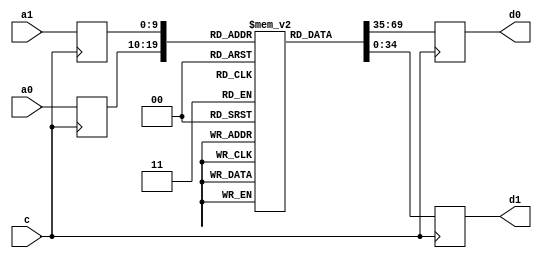
module cosrom (
	input c, // clock
	input [9:0] a0, a1, // angle
	output reg [34:0] d0, d1);
  
	// Declare the RAM variable
	reg [34:0] bram[0:1023];
	reg [9:0] a0_reg, a1_reg;
	always @ (posedge c)
	begin	
	        a0_reg <= a0;
	        a1_reg <= a1;
			d0 <= bram[a0_reg];
			d1 <= bram[a1_reg];
	end

initial begin
	bram[0 ] <= 35'd34359730181;
	bram[1 ] <= 35'd34359689231;
	bram[2 ] <= 35'd34359566360;
	bram[3 ] <= 35'd34359369763;
	bram[4 ] <= 35'd34359083052;
	bram[5 ] <= 35'd34358722615;
	bram[6 ] <= 35'd34358272064;
	bram[7 ] <= 35'd34357747786;
	bram[8 ] <= 35'd34357141588;
	bram[9 ] <= 35'd34356453469;
	bram[10] <= 35'd34355691624;
	bram[11] <= 35'd34354839666;
	bram[12] <= 35'd34353905787;
	bram[13] <= 35'd34352898181;
	bram[14] <= 35'd34351808655;
	bram[15] <= 35'd34350637209;
	bram[16] <= 35'd34349383843;
	bram[17] <= 35'd34348048557;
	bram[18] <= 35'd34346631350;
	bram[19] <= 35'd34345140417;
	bram[20] <= 35'd34343559370;
	bram[21] <= 35'd34341904596;
	bram[22] <= 35'd34340167902;
	bram[23] <= 35'd34338349288;
	bram[24] <= 35'd34336448754;
	bram[25] <= 35'd34334466299;
	bram[26] <= 35'd34332410118;
	bram[27] <= 35'd34330263823;
	bram[28] <= 35'd34328043801;
	bram[29] <= 35'd34325741860;
	bram[30] <= 35'd34323349804;
	bram[31] <= 35'd34320892215;
	bram[32] <= 35'd34318344513;
	bram[33] <= 35'd34315714890;
	bram[34] <= 35'd34313011541;
	bram[35] <= 35'd34310218078;
	bram[36] <= 35'd34307350888;
	bram[37] <= 35'd34304401778;
	bram[38] <= 35'd34301370748;
	bram[39] <= 35'd34298257797;
	bram[40] <= 35'd34295071120;
	bram[41] <= 35'd34291794329;
	bram[42] <= 35'd34288443811;
	bram[43] <= 35'd34285011373;
	bram[44] <= 35'd34281497015;
	bram[45] <= 35'd34277900737;
	bram[46] <= 35'd34274222538;
	bram[47] <= 35'd34270470613;
	bram[48] <= 35'd34266628574;
	bram[49] <= 35'd34262712808;
	bram[50] <= 35'd34258715122;
	bram[51] <= 35'd34254635516;
	bram[52] <= 35'd34250473989;
	bram[53] <= 35'd34246238736;
	bram[54] <= 35'd34241913369;
	bram[55] <= 35'd34237514275;
	bram[56] <= 35'd34233033261;
	bram[57] <= 35'd34228470327;
	bram[58] <= 35'd34223825472;
	bram[59] <= 35'd34219106891;
	bram[60] <= 35'd34214298196;
	bram[61] <= 35'd34209415774;
	bram[62] <= 35'd34204451432;
	bram[63] <= 35'd34199405170;
	bram[64] <= 35'd34194276987;
	bram[65] <= 35'd34189075078;
	bram[66] <= 35'd34183783055;
	bram[67] <= 35'd34178417305;
	bram[68] <= 35'd34172969635;
	bram[69] <= 35'd34167440044;
	bram[70] <= 35'd34161836727;
	bram[71] <= 35'd34156143296;
	bram[72] <= 35'd34150376138;
	bram[73] <= 35'd34144527060;
	bram[74] <= 35'd34138596062;
	bram[75] <= 35'd34132583143;
	bram[76] <= 35'd34126496497;
	bram[77] <= 35'd34120327932;
	bram[78] <= 35'd34114069252;
	bram[79] <= 35'd34107745039;
	bram[80] <= 35'd34101330713;
	bram[81] <= 35'd34094834466;
	bram[82] <= 35'd34088264492;
	bram[83] <= 35'd34081612598;
	bram[84] <= 35'd34074878783;
	bram[85] <= 35'd34068071242;
	bram[86] <= 35'd34061173587;
	bram[87] <= 35'd34054202205;
	bram[88] <= 35'd34047148903;
	bram[89] <= 35'd34040013680;
	bram[90] <= 35'd34032804731;
	bram[91] <= 35'd34025505668;
	bram[92] <= 35'd34018132878;
	bram[93] <= 35'd34010678167;
	bram[94] <= 35'd34003149730;
	bram[95] <= 35'd33995531179;
	bram[96] <= 35'd33987838901;
	bram[97] <= 35'd33980064703;
	bram[98] <= 35'd33972208584;
	bram[99] <= 35'd33964278738;
	bram[100] <= 35'd33956266972;
	bram[101] <= 35'd33948173286;
	bram[102] <= 35'd33939997679;
	bram[103] <= 35'd33931748346;
	bram[104] <= 35'd33923408899;
	bram[105] <= 35'd33914995724;
	bram[106] <= 35'd33906508823;
	bram[107] <= 35'd33897931808;
	bram[108] <= 35'd33889281066;
	bram[109] <= 35'd33880548404;
	bram[110] <= 35'd33871733821;
	bram[111] <= 35'd33862845511;
	bram[112] <= 35'd33853875281;
	bram[113] <= 35'd33844823130;
	bram[114] <= 35'd33835697253;
	bram[115] <= 35'd33826481262;
	bram[116] <= 35'd33817191543;
	bram[117] <= 35'd33807828098;
	bram[118] <= 35'd33798374539;
	bram[119] <= 35'd33788847253;
	bram[120] <= 35'd33779238046;
	bram[121] <= 35'd33769555112;
	bram[122] <= 35'd33759790258;
	bram[123] <= 35'd33749943484;
	bram[124] <= 35'd33740014789;
	bram[125] <= 35'd33730012367;
	bram[126] <= 35'd33719928025;
	bram[127] <= 35'd33709761762;
	bram[128] <= 35'd33699521772;
	bram[129] <= 35'd33689199862;
	bram[130] <= 35'd33678796032;
	bram[131] <= 35'd33668310281;
	bram[132] <= 35'd33657750802;
	bram[133] <= 35'd33647117597;
	bram[134] <= 35'd33636394278;
	bram[135] <= 35'd33625597232;
	bram[136] <= 35'd33614718265;
	bram[137] <= 35'd33603765571;
	bram[138] <= 35'd33592730957;
	bram[139] <= 35'd33581614422;
	bram[140] <= 35'd33570424160;
	bram[141] <= 35'd33559151978;
	bram[142] <= 35'd33547797875;
	bram[143] <= 35'd33536370045;
	bram[144] <= 35'd33524860294;
	bram[145] <= 35'd33513276816;
	bram[146] <= 35'd33501611418;
	bram[147] <= 35'd33489864099;
	bram[148] <= 35'd33478043053;
	bram[149] <= 35'd33466140087;
	bram[150] <= 35'd33454155200;
	bram[151] <= 35'd33442096586;
	bram[152] <= 35'd33429956051;
	bram[153] <= 35'd33417741789;
	bram[154] <= 35'd33405445607;
	bram[155] <= 35'd33393067504;
	bram[156] <= 35'd33380615674;
	bram[157] <= 35'd33368081923;
	bram[158] <= 35'd33355474445;
	bram[159] <= 35'd33342785047;
	bram[160] <= 35'd33330013728;
	bram[161] <= 35'd33317168682;
	bram[162] <= 35'd33304241715;
	bram[163] <= 35'd33291241021;
	bram[164] <= 35'd33278158406;
	bram[165] <= 35'd33265002064;
	bram[166] <= 35'd33251763802;
	bram[167] <= 35'd33238443619;
	bram[168] <= 35'd33225049708;
	bram[169] <= 35'd33211582070;
	bram[170] <= 35'd33198032512;
	bram[171] <= 35'd33184401033;
	bram[172] <= 35'd33170695827;
	bram[173] <= 35'd33156908700;
	bram[174] <= 35'd33143047846;
	bram[175] <= 35'd33129105071;
	bram[176] <= 35'd33115088569;
	bram[177] <= 35'd33100990146;
	bram[178] <= 35'd33086817996;
	bram[179] <= 35'd33072563925;
	bram[180] <= 35'd33058236127;
	bram[181] <= 35'd33043826408;
	bram[182] <= 35'd33029342962;
	bram[183] <= 35'd33014777595;
	bram[184] <= 35'd33000138501;
	bram[185] <= 35'd32985417486;
	bram[186] <= 35'd32970622744;
	bram[187] <= 35'd32955746081;
	bram[188] <= 35'd32940795691;
	bram[189] <= 35'd32925763380;
	bram[190] <= 35'd32910657341;
	bram[191] <= 35'd32895477575;
	bram[192] <= 35'd32880215889;
	bram[193] <= 35'd32864872282;
	bram[194] <= 35'd32849454947;
	bram[195] <= 35'd32833963885;
	bram[196] <= 35'd32818390902;
	bram[197] <= 35'd32802744191;
	bram[198] <= 35'd32787023753;
	bram[199] <= 35'd32771221395;
	bram[200] <= 35'd32755337115;
	bram[201] <= 35'd32739387302;
	bram[202] <= 35'd32723347374;
	bram[203] <= 35'd32707241912;
	bram[204] <= 35'd32691054530;
	bram[205] <= 35'd32674785226;
	bram[206] <= 35'd32658450389;
	bram[207] <= 35'd32642025437;
	bram[208] <= 35'd32625534951;
	bram[209] <= 35'd32608962544;
	bram[210] <= 35'd32592316410;
	bram[211] <= 35'd32575588355;
	bram[212] <= 35'd32558786572;
	bram[213] <= 35'd32541911062;
	bram[214] <= 35'd32524953631;
	bram[215] <= 35'd32507922472;
	bram[216] <= 35'd32490817586;
	bram[217] <= 35'd32473630779;
	bram[218] <= 35'd32456370244;
	bram[219] <= 35'd32439035982;
	bram[220] <= 35'd32421619799;
	bram[221] <= 35'd32404129888;
	bram[222] <= 35'd32386566250;
	bram[223] <= 35'd32368920691;
	bram[224] <= 35'd32351201404;
	bram[225] <= 35'd32333408390;
	bram[226] <= 35'd32315533454;
	bram[227] <= 35'd32297592984;
	bram[228] <= 35'd32279570594;
	bram[229] <= 35'd32261466282;
	bram[230] <= 35'd32243296436;
	bram[231] <= 35'd32225044669;
	bram[232] <= 35'd32206719175;
	bram[233] <= 35'd32188311759;
	bram[234] <= 35'd32169838809;
	bram[235] <= 35'd32151283938;
	bram[236] <= 35'd32132655339;
	bram[237] <= 35'd32113953013;
	bram[238] <= 35'd32095168766;
	bram[239] <= 35'd32076310791;
	bram[240] <= 35'd32057379088;
	bram[241] <= 35'd32038373657;
	bram[242] <= 35'd32019294499;
	bram[243] <= 35'd32000133419;
	bram[244] <= 35'd31980906805;
	bram[245] <= 35'd31961598270;
	bram[246] <= 35'd31942216008;
	bram[247] <= 35'd31922751824;
	bram[248] <= 35'd31903222106;
	bram[249] <= 35'd31883610467;
	bram[250] <= 35'd31863925100;
	bram[251] <= 35'd31844166005;
	bram[252] <= 35'd31824333182;
	bram[253] <= 35'd31804426631;
	bram[254] <= 35'd31784446353;
	bram[255] <= 35'd31764384153;
	bram[256] <= 35'd31744256419;
	bram[257] <= 35'd31724046764;
	bram[258] <= 35'd31703763381;
	bram[259] <= 35'd31683406270;
	bram[260] <= 35'd31662975431;
	bram[261] <= 35'd31642470864;
	bram[262] <= 35'd31621892570;
	bram[263] <= 35'd31601232354;
	bram[264] <= 35'd31580506603;
	bram[265] <= 35'd31559707125;
	bram[266] <= 35'd31538825726;
	bram[267] <= 35'd31517870598;
	bram[268] <= 35'd31496849936;
	bram[269] <= 35'd31475747353;
	bram[270] <= 35'd31454571041;
	bram[271] <= 35'd31433329195;
	bram[272] <= 35'd31412005428;
	bram[273] <= 35'd31390607933;
	bram[274] <= 35'd31369136710;
	bram[275] <= 35'd31347591759;
	bram[276] <= 35'd31325973080;
	bram[277] <= 35'd31304280672;
	bram[278] <= 35'd31282522730;
	bram[279] <= 35'd31260682867;
	bram[280] <= 35'd31238769276;
	bram[281] <= 35'd31216781957;
	bram[282] <= 35'd31194720909;
	bram[283] <= 35'd31172594327;
	bram[284] <= 35'd31150385824;
	bram[285] <= 35'd31128103592;
	bram[286] <= 35'd31105755826;
	bram[287] <= 35'd31083326138;
	bram[288] <= 35'd31060830915;
	bram[289] <= 35'd31038261965;
	bram[290] <= 35'd31015611093;
	bram[291] <= 35'd30992894686;
	bram[292] <= 35'd30970104551;
	bram[293] <= 35'd30947240688;
	bram[294] <= 35'd30924303096;
	bram[295] <= 35'd30901299970;
	bram[296] <= 35'd30878214922;
	bram[297] <= 35'd30855064340;
	bram[298] <= 35'd30831831836;
	bram[299] <= 35'd30808533797;
	bram[300] <= 35'd30785162030;
	bram[301] <= 35'd30761716535;
	bram[302] <= 35'd30738197311;
	bram[303] <= 35'd30714612553;
	bram[304] <= 35'd30690945873;
	bram[305] <= 35'd30667213658;
	bram[306] <= 35'd30643407715;
	bram[307] <= 35'd30619528043;
	bram[308] <= 35'd30595582837;
	bram[309] <= 35'd30571555709;
	bram[310] <= 35'd30547463046;
	bram[311] <= 35'd30523296654;
	bram[312] <= 35'd30499064728;
	bram[313] <= 35'd30474750880;
	bram[314] <= 35'd30450371497;
	bram[315] <= 35'd30425918386;
	bram[316] <= 35'd30401391546;
	bram[317] <= 35'd30376799171;
	bram[318] <= 35'd30352133068;
	bram[319] <= 35'd30327393237;
	bram[320] <= 35'd30302579677;
	bram[321] <= 35'd30277700582;
	bram[322] <= 35'd30252747759;
	bram[323] <= 35'd30227721207;
	bram[324] <= 35'd30202629120;
	bram[325] <= 35'd30177463305;
	bram[326] <= 35'd30152223762;
	bram[327] <= 35'd30126910490;
	bram[328] <= 35'd30101531682;
	bram[329] <= 35'd30076087340;
	bram[330] <= 35'd30050561076;
	bram[331] <= 35'd30024969276;
	bram[332] <= 35'd29999311941;
	bram[333] <= 35'd29973580878;
	bram[334] <= 35'd29947776087;
	bram[335] <= 35'd29921897567;
	bram[336] <= 35'd29895953511;
	bram[337] <= 35'd29869943920;
	bram[338] <= 35'd29843860601;
	bram[339] <= 35'd29817703553;
	bram[340] <= 35'd29791480970;
	bram[341] <= 35'd29765184659;
	bram[342] <= 35'd29738814619;
	bram[343] <= 35'd29712379043;
	bram[344] <= 35'd29685877932;
	bram[345] <= 35'd29659303093;
	bram[346] <= 35'd29632654525;
	bram[347] <= 35'd29605940421;
	bram[348] <= 35'd29579160782;
	bram[349] <= 35'd29552307415;
	bram[350] <= 35'd29525380319;
	bram[351] <= 35'd29498387687;
	bram[352] <= 35'd29471329520;
	bram[353] <= 35'd29444197625;
	bram[354] <= 35'd29416992001;
	bram[355] <= 35'd29389720841;
	bram[356] <= 35'd29362384146;
	bram[357] <= 35'd29334973722;
	bram[358] <= 35'd29307497762;
	bram[359] <= 35'd29279956267;
	bram[360] <= 35'd29252341044;
	bram[361] <= 35'd29224652092;
	bram[362] <= 35'd29196897604;
	bram[363] <= 35'd29169077580;
	bram[364] <= 35'd29141192021;
	bram[365] <= 35'd29113232734;
	bram[366] <= 35'd29085199717;
	bram[367] <= 35'd29057109358;
	bram[368] <= 35'd29028945270;
	bram[369] <= 35'd29000715647;
	bram[370] <= 35'd28972412295;
	bram[371] <= 35'd28944043407;
	bram[372] <= 35'd28915608984;
	bram[373] <= 35'd28887100832;
	bram[374] <= 35'd28858527144;
	bram[375] <= 35'd28829887921;
	bram[376] <= 35'd28801174968;
	bram[377] <= 35'd28772404673;
	bram[378] <= 35'd28743560650;
	bram[379] <= 35'd28714642897;
	bram[380] <= 35'd28685667802;
	bram[381] <= 35'd28656618978;
	bram[382] <= 35'd28627504618;
	bram[383] <= 35'd28598324723;
	bram[384] <= 35'd28569071098;
	bram[385] <= 35'd28539760131;
	bram[386] <= 35'd28510375435;
	bram[387] <= 35'd28480925203;
	bram[388] <= 35'd28451409436;
	bram[389] <= 35'd28421819939;
	bram[390] <= 35'd28392173100;
	bram[391] <= 35'd28362452532;
	bram[392] <= 35'd28332666428;
	bram[393] <= 35'd28302814788;
	bram[394] <= 35'd28272897612;
	bram[395] <= 35'd28242914900;
	bram[396] <= 35'd28212866653;
	bram[397] <= 35'd28182744676;
	bram[398] <= 35'd28152565357;
	bram[399] <= 35'd28122312309;
	bram[400] <= 35'd28091993724;
	bram[401] <= 35'd28061617797;
	bram[402] <= 35'd28031168141;
	bram[403] <= 35'd28000652949;
	bram[404] <= 35'd27970072221;
	bram[405] <= 35'd27939425957;
	bram[406] <= 35'd27908714157;
	bram[407] <= 35'd27877936821;
	bram[408] <= 35'd27847093949;
	bram[409] <= 35'd27816185541;
	bram[410] <= 35'd27785211597;
	bram[411] <= 35'd27754172117;
	bram[412] <= 35'd27723067101;
	bram[413] <= 35'd27691896549;
	bram[414] <= 35'd27660660460;
	bram[415] <= 35'd27629367029;
	bram[416] <= 35'd27597999869;
	bram[417] <= 35'd27566567173;
	bram[418] <= 35'd27535068940;
	bram[419] <= 35'd27503513364;
	bram[420] <= 35'd27471892253;
	bram[421] <= 35'd27440197412;
	bram[422] <= 35'd27408445228;
	bram[423] <= 35'd27376627508;
	bram[424] <= 35'd27344744252;
	bram[425] <= 35'd27312795459;
	bram[426] <= 35'd27280789324;
	bram[427] <= 35'd27248709459;
	bram[428] <= 35'd27216572251;
	bram[429] <= 35'd27184369507;
	bram[430] <= 35'd27152101227;
	bram[431] <= 35'd27119767410;
	bram[432] <= 35'd27087376250;
	bram[433] <= 35'd27054919555;
	bram[434] <= 35'd27022389129;
	bram[435] <= 35'd26989809554;
	bram[436] <= 35'd26957156249;
	bram[437] <= 35'd26924445601;
	bram[438] <= 35'd26891669417;
	bram[439] <= 35'd26858827696;
	bram[440] <= 35'd26825928633;
	bram[441] <= 35'd26792955840;
	bram[442] <= 35'd26759925703;
	bram[443] <= 35'd26726838223;
	bram[444] <= 35'd26693685207;
	bram[445] <= 35'd26660466655;
	bram[446] <= 35'd26627182566;
	bram[447] <= 35'd26593841134;
	bram[448] <= 35'd26560434165;
	bram[449] <= 35'd26526969854;
	bram[450] <= 35'd26493431812;
	bram[451] <= 35'd26459844621;
	bram[452] <= 35'd26426183699;
	bram[453] <= 35'd26392473628;
	bram[454] <= 35'd26358689827;
	bram[455] <= 35'd26324848683;
	bram[456] <= 35'd26290942002;
	bram[457] <= 35'd26256977978;
	bram[458] <= 35'd26222948417;
	bram[459] <= 35'd26188861513;
	bram[460] <= 35'd26154709072;
	bram[461] <= 35'd26120499288;
	bram[462] <= 35'd26086223967;
	bram[463] <= 35'd26051891303;
	bram[464] <= 35'd26017493102;
	bram[465] <= 35'd25983037558;
	bram[466] <= 35'd25948516477;
	bram[467] <= 35'd25913938052;
	bram[468] <= 35'd25879302284;
	bram[469] <= 35'd25844600980;
	bram[470] <= 35'd25809834139;
	bram[471] <= 35'd25775009954;
	bram[472] <= 35'd25740128426;
	bram[473] <= 35'd25705181361;
	bram[474] <= 35'd25670176952;
	bram[475] <= 35'd25635115200;
	bram[476] <= 35'd25599987911;
	bram[477] <= 35'd25564803279;
	bram[478] <= 35'd25529553109;
	bram[479] <= 35'd25494253789;
	bram[480] <= 35'd25458888933;
	bram[481] <= 35'd25423458540;
	bram[482] <= 35'd25387970803;
	bram[483] <= 35'd25352425722;
	bram[484] <= 35'd25316823298;
	bram[485] <= 35'd25281155337;
	bram[486] <= 35'd25245430032;
	bram[487] <= 35'd25209647383;
	bram[488] <= 35'd25173807391;
	bram[489] <= 35'd25137901861;
	bram[490] <= 35'd25101947181;
	bram[491] <= 35'd25065926965;
	bram[492] <= 35'd25029841211;
	bram[493] <= 35'd24993706307;
	bram[494] <= 35'd24957505865;
	bram[495] <= 35'd24921256273;
	bram[496] <= 35'd24884941144;
	bram[497] <= 35'd24848568672;
	bram[498] <= 35'd24812130662;
	bram[499] <= 35'd24775643501;
	bram[500] <= 35'd24739098997;
	bram[501] <= 35'd24702488956;
	bram[502] <= 35'd24665821570;
	bram[503] <= 35'd24629105034;
	bram[504] <= 35'd24592322961;
	bram[505] <= 35'd24555483544;
	bram[506] <= 35'd24518586783;
	bram[507] <= 35'd24481632678;
	bram[508] <= 35'd24444621229;
	bram[509] <= 35'd24407552436;
	bram[510] <= 35'd24370426299;
	bram[511] <= 35'd24333242818;
	bram[512] <= 35'd24296001993;
	bram[513] <= 35'd24258703824;
	bram[514] <= 35'd24221348311;
	bram[515] <= 35'd24183935454;
	bram[516] <= 35'd24146465252;
	bram[517] <= 35'd24108945900;
	bram[518] <= 35'd24071361011;
	bram[519] <= 35'd24033718777;
	bram[520] <= 35'd23996027393;
	bram[521] <= 35'd23958270471;
	bram[522] <= 35'd23920464398;
	bram[523] <= 35'd23882600981;
	bram[524] <= 35'd23844680220;
	bram[525] <= 35'd23806702115;
	bram[526] <= 35'd23768666666;
	bram[527] <= 35'd23730573872;
	bram[528] <= 35'd23692431927;
	bram[529] <= 35'd23654232638;
	bram[530] <= 35'd23615976005;
	bram[531] <= 35'd23577662028;
	bram[532] <= 35'd23539290706;
	bram[533] <= 35'd23500870233;
	bram[534] <= 35'd23462392416;
	bram[535] <= 35'd23423857254;
	bram[536] <= 35'd23385272941;
	bram[537] <= 35'd23346631284;
	bram[538] <= 35'd23307932283;
	bram[539] <= 35'd23269175937;
	bram[540] <= 35'd23230370440;
	bram[541] <= 35'd23191507599;
	bram[542] <= 35'd23152587413;
	bram[543] <= 35'd23113618076;
	bram[544] <= 35'd23074591395;
	bram[545] <= 35'd23035507369;
	bram[546] <= 35'd22996374192;
	bram[547] <= 35'd22957183670;
	bram[548] <= 35'd22917943997;
	bram[549] <= 35'd22878646980;
	bram[550] <= 35'd22839292618;
	bram[551] <= 35'd22799889105;
	bram[552] <= 35'd22760428247;
	bram[553] <= 35'd22720918237;
	bram[554] <= 35'd22681359077;
	bram[555] <= 35'd22641734378;
	bram[556] <= 35'd22602068722;
	bram[557] <= 35'd22562337527;
	bram[558] <= 35'd22522565375;
	bram[559] <= 35'd22482727684;
	bram[560] <= 35'd22442849035;
	bram[561] <= 35'd22402913042;
	bram[562] <= 35'd22362919704;
	bram[563] <= 35'd22322877214;
	bram[564] <= 35'd22282785573;
	bram[565] <= 35'd22242636587;
	bram[566] <= 35'd22202438450;
	bram[567] <= 35'd22162182967;
	bram[568] <= 35'd22121886527;
	bram[569] <= 35'd22081524548;
	bram[570] <= 35'd22041121611;
	bram[571] <= 35'd22000661329;
	bram[572] <= 35'd21960151896;
	bram[573] <= 35'd21919585118;
	bram[574] <= 35'd21878969188;
	bram[575] <= 35'd21838304106;
	bram[576] <= 35'd21797589873;
	bram[577] <= 35'd21756818295;
	bram[578] <= 35'd21715997565;
	bram[579] <= 35'd21675127683;
	bram[580] <= 35'd21634208650;
	bram[581] <= 35'd21593232272;
	bram[582] <= 35'd21552206742;
	bram[583] <= 35'd21511132060;
	bram[584] <= 35'd21470008226;
	bram[585] <= 35'd21428835241;
	bram[586] <= 35'd21387604910;
	bram[587] <= 35'd21346333621;
	bram[588] <= 35'd21305004987;
	bram[589] <= 35'd21263627201;
	bram[590] <= 35'd21222200263;
	bram[591] <= 35'd21180724173;
	bram[592] <= 35'd21139198932;
	bram[593] <= 35'd21097616345;
	bram[594] <= 35'd21055992799;
	bram[595] <= 35'd21014320102;
	bram[596] <= 35'd20972590059;
	bram[597] <= 35'd20930819057;
	bram[598] <= 35'd20888998904;
	bram[599] <= 35'd20847121405;
	bram[600] <= 35'd20805202948;
	bram[601] <= 35'd20763227145;
	bram[602] <= 35'd20721210383;
	bram[603] <= 35'd20679144469;
	bram[604] <= 35'd20637029404;
	bram[605] <= 35'd20594856993;
	bram[606] <= 35'd20552643623;
	bram[607] <= 35'd20510381101;
	bram[608] <= 35'd20468069426;
	bram[609] <= 35'd20425716793;
	bram[610] <= 35'd20383306814;
	bram[611] <= 35'd20340855877;
	bram[612] <= 35'd20298347594;
	bram[613] <= 35'd20255798352;
	bram[614] <= 35'd20213199958;
	bram[615] <= 35'd20170552411;
	bram[616] <= 35'd20127863906;
	bram[617] <= 35'd20085118055;
	bram[618] <= 35'd20042331245;
	bram[619] <= 35'd19999495282;
	bram[620] <= 35'd19956618361;
	bram[621] <= 35'd19913684094;
	bram[622] <= 35'd19870708867;
	bram[623] <= 35'd19827692682;
	bram[624] <= 35'd19784619151;
	bram[625] <= 35'd19741504661;
	bram[626] <= 35'd19698341018;
	bram[627] <= 35'd19655136417;
	bram[628] <= 35'd19611874469;
	bram[629] <= 35'd19568579756;
	bram[630] <= 35'd19525227697;
	bram[631] <= 35'd19481834678;
	bram[632] <= 35'd19438400701;
	bram[633] <= 35'd19394909377;
	bram[634] <= 35'd19351385288;
	bram[635] <= 35'd19307803852;
	bram[636] <= 35'd19264189651;
	bram[637] <= 35'd19220518104;
	bram[638] <= 35'd19176805597;
	bram[639] <= 35'd19133052131;
	bram[640] <= 35'd19089249513;
	bram[641] <= 35'd19045397741;
	bram[642] <= 35'd19001513204;
	bram[643] <= 35'd18957571320;
	bram[644] <= 35'd18913596671;
	bram[645] <= 35'd18869564675;
	bram[646] <= 35'd18825499913;
	bram[647] <= 35'd18781385999;
	bram[648] <= 35'd18737222932;
	bram[649] <= 35'd18693018905;
	bram[650] <= 35'd18648773918;
	bram[651] <= 35'd18604487972;
	bram[652] <= 35'd18560152873;
	bram[653] <= 35'd18515776815;
	bram[654] <= 35'd18471351604;
	bram[655] <= 35'd18426885433;
	bram[656] <= 35'd18382378302;
	bram[657] <= 35'd18337830212;
	bram[658] <= 35'd18293232969;
	bram[659] <= 35'd18248594766;
	bram[660] <= 35'd18203915603;
	bram[661] <= 35'd18159195481;
	bram[662] <= 35'd18114426206;
	bram[663] <= 35'd18069615971;
	bram[664] <= 35'd18024764776;
	bram[665] <= 35'd17979872621;
	bram[666] <= 35'd17934939507;
	bram[667] <= 35'd17889957240;
	bram[668] <= 35'd17844934012;
	bram[669] <= 35'd17799878018;
	bram[670] <= 35'd17754772871;
	bram[671] <= 35'd17709626764;
	bram[672] <= 35'd17664439697;
	bram[673] <= 35'd17619211671;
	bram[674] <= 35'd17573934491;
	bram[675] <= 35'd17528624544;
	bram[676] <= 35'd17483273638;
	bram[677] <= 35'd17437873578;
	bram[678] <= 35'd17392440751;
	bram[679] <= 35'd17346966964;
	bram[680] <= 35'd17301452218;
	bram[681] <= 35'd17255888318;
	bram[682] <= 35'd17210291651;
	bram[683] <= 35'd17164654024;
	bram[684] <= 35'd17118975437;
	bram[685] <= 35'd17073255890;
	bram[686] <= 35'd17027495383;
	bram[687] <= 35'd16981693916;
	bram[688] <= 35'd16935851488;
	bram[689] <= 35'd16889976294;
	bram[690] <= 35'd16844051946;
	bram[691] <= 35'd16798094831;
	bram[692] <= 35'd16752096756;
	bram[693] <= 35'd16706057720;
	bram[694] <= 35'd16659985918;
	bram[695] <= 35'd16613864962;
	bram[696] <= 35'd16567711239;
	bram[697] <= 35'd16521516556;
	bram[698] <= 35'd16475280912;
	bram[699] <= 35'd16429012502;
	bram[700] <= 35'd16382694937;
	bram[701] <= 35'd16336352799;
	bram[702] <= 35'd16289961507;
	bram[703] <= 35'd16243537448;
	bram[704] <= 35'd16197072429;
	bram[705] <= 35'd16150566449;
	bram[706] <= 35'd16104027702;
	bram[707] <= 35'd16057447994;
	bram[708] <= 35'd16010835519;
	bram[709] <= 35'd15964182084;
	bram[710] <= 35'd15917487688;
	bram[711] <= 35'd15870760525;
	bram[712] <= 35'd15823992401;
	bram[713] <= 35'd15777191510;
	bram[714] <= 35'd15730349659;
	bram[715] <= 35'd15683466847;
	bram[716] <= 35'd15636551267;
	bram[717] <= 35'd15589602920;
	bram[718] <= 35'd15542613612;
	bram[719] <= 35'd15495591537;
	bram[720] <= 35'd15448528501;
	bram[721] <= 35'd15401432698;
	bram[722] <= 35'd15354295934;
	bram[723] <= 35'd15307126402;
	bram[724] <= 35'd15259924103;
	bram[725] <= 35'd15212680843;
	bram[726] <= 35'd15165404816;
	bram[727] <= 35'd15118087828;
	bram[728] <= 35'd15070738072;
	bram[729] <= 35'd15023355548;
	bram[730] <= 35'd14975940257;
	bram[731] <= 35'd14928484005;
	bram[732] <= 35'd14880994986;
	bram[733] <= 35'd14833465005;
	bram[734] <= 35'd14785910450;
	bram[735] <= 35'd14738314934;
	bram[736] <= 35'd14690686651;
	bram[737] <= 35'd14643017406;
	bram[738] <= 35'd14595323587;
	bram[739] <= 35'd14547588807;
	bram[740] <= 35'd14499821259;
	bram[741] <= 35'd14452020943;
	bram[742] <= 35'd14404187860;
	bram[743] <= 35'd14356313815;
	bram[744] <= 35'd14308415196;
	bram[745] <= 35'd14260475616;
	bram[746] <= 35'd14212503267;
	bram[747] <= 35'd14164506344;
	bram[748] <= 35'd14116468460;
	bram[749] <= 35'd14068397808;
	bram[750] <= 35'd14020294388;
	bram[751] <= 35'd13972158200;
	bram[752] <= 35'd13923989244;
	bram[753] <= 35'd13875787520;
	bram[754] <= 35'd13827553028;
	bram[755] <= 35'd13779285768;
	bram[756] <= 35'd13730985740;
	bram[757] <= 35'd13682652944;
	bram[758] <= 35'd13634287379;
	bram[759] <= 35'd13585897240;
	bram[760] <= 35'd13537466140;
	bram[761] <= 35'd13489002271;
	bram[762] <= 35'd13440513827;
	bram[763] <= 35'd13391992615;
	bram[764] <= 35'd13343438635;
	bram[765] <= 35'd13294851887;
	bram[766] <= 35'd13246232370;
	bram[767] <= 35'd13197588279;
	bram[768] <= 35'd13148903226;
	bram[769] <= 35'd13100193598;
	bram[770] <= 35'd13051451201;
	bram[771] <= 35'd13002684230;
	bram[772] <= 35'd12953876297;
	bram[773] <= 35'd12905043789;
	bram[774] <= 35'd12856178512;
	bram[775] <= 35'd12807288660;
	bram[776] <= 35'd12758366040;
	bram[777] <= 35'd12709410651;
	bram[778] <= 35'd12660430688;
	bram[779] <= 35'd12611409762;
	bram[780] <= 35'd12562372455;
	bram[781] <= 35'd12513294186;
	bram[782] <= 35'd12464191341;
	bram[783] <= 35'd12415063921;
	bram[784] <= 35'd12365903733;
	bram[785] <= 35'd12316710776;
	bram[786] <= 35'd12267493244;
	bram[787] <= 35'd12218242943;
	bram[788] <= 35'd12168968067;
	bram[789] <= 35'd12119660422;
	bram[790] <= 35'd12070328201;
	bram[791] <= 35'd12020971405;
	bram[792] <= 35'd11971581841;
	bram[793] <= 35'd11922159508;
	bram[794] <= 35'd11872712599;
	bram[795] <= 35'd11823241115;
	bram[796] <= 35'd11773736862;
	bram[797] <= 35'd11724208034;
	bram[798] <= 35'd11674646437;
	bram[799] <= 35'd11625060264;
	bram[800] <= 35'd11575449515;
	bram[801] <= 35'd11525814191;
	bram[802] <= 35'd11476146098;
	bram[803] <= 35'd11426453430;
	bram[804] <= 35'd11376727993;
	bram[805] <= 35'd11326977979;
	bram[806] <= 35'd11277211584;
	bram[807] <= 35'd11227404226;
	bram[808] <= 35'd11177580486;
	bram[809] <= 35'd11127723977;
	bram[810] <= 35'd11077842892;
	bram[811] <= 35'd11027937231;
	bram[812] <= 35'd10978006994;
	bram[813] <= 35'd10928052181;
	bram[814] <= 35'd10878072793;
	bram[815] <= 35'd10828060636;
	bram[816] <= 35'd10778023903;
	bram[817] <= 35'd10727962593;
	bram[818] <= 35'd10677884901;
	bram[819] <= 35'd10627774440;
	bram[820] <= 35'd10577639403;
	bram[821] <= 35'd10527479790;
	bram[822] <= 35'd10477295601;
	bram[823] <= 35'd10427086837;
	bram[824] <= 35'd10376845303;
	bram[825] <= 35'd10326587386;
	bram[826] <= 35'd10276304893;
	bram[827] <= 35'd10225997823;
	bram[828] <= 35'd10175674371;
	bram[829] <= 35'd10125318150;
	bram[830] <= 35'd10074937353;
	bram[831] <= 35'd10024531979;
	bram[832] <= 35'd9974110222;
	bram[833] <= 35'd9923663890;
	bram[834] <= 35'd9873184788;
	bram[835] <= 35'd9822689303;
	bram[836] <= 35'd9772169241;
	bram[837] <= 35'd9721632797;
	bram[838] <= 35'd9671063583;
	bram[839] <= 35'd9620477986;
	bram[840] <= 35'd9569867813;
	bram[841] <= 35'd9519233063;
	bram[842] <= 35'd9468581931;
	bram[843] <= 35'd9417898028;
	bram[844] <= 35'd9367205936;
	bram[845] <= 35'd9316481074;
	bram[846] <= 35'd9265739829;
	bram[847] <= 35'd9214974008;
	bram[848] <= 35'd9164183610;
	bram[849] <= 35'd9113376829;
	bram[850] <= 35'd9062545471;
	bram[851] <= 35'd9011697730;
	bram[852] <= 35'd8960825413;
	bram[853] <= 35'd8909928519;
	bram[854] <= 35'd8859015242;
	bram[855] <= 35'd8808077388;
	bram[856] <= 35'd8757123151;
	bram[857] <= 35'd8706144337;
	bram[858] <= 35'd8655149140;
	bram[859] <= 35'd8604129366;
	bram[860] <= 35'd8553093209;
	bram[861] <= 35'd8502032475;
	bram[862] <= 35'd8450955358;
	bram[863] <= 35'd8399853664;
	bram[864] <= 35'd8348735586;
	bram[865] <= 35'd8297601125;
	bram[866] <= 35'd8246442087;
	bram[867] <= 35'd8195266665;
	bram[868] <= 35'd8144074860;
	bram[869] <= 35'd8092858478;
	bram[870] <= 35'd8041625713;
	bram[871] <= 35'd7990368370;
	bram[872] <= 35'd7939102837;
	bram[873] <= 35'd7887812728;
	bram[874] <= 35'd7836498041;
	bram[875] <= 35'd7785175164;
	bram[876] <= 35'd7733827710;
	bram[877] <= 35'd7682463872;
	bram[878] <= 35'd7631083650;
	bram[879] <= 35'd7579687045;
	bram[880] <= 35'd7528265863;
	bram[881] <= 35'd7476828297;
	bram[882] <= 35'd7425374347;
	bram[883] <= 35'd7373904013;
	bram[884] <= 35'd7322417295;
	bram[885] <= 35'd7270914193;
	bram[886] <= 35'd7219394708;
	bram[887] <= 35'd7167850645;
	bram[888] <= 35'd7116298392;
	bram[889] <= 35'd7064721561;
	bram[890] <= 35'd7013136540;
	bram[891] <= 35'd6961526941;
	bram[892] <= 35'd6909909152;
	bram[893] <= 35'd6858266785;
	bram[894] <= 35'd6806616228;
	bram[895] <= 35'd6754941093;
	bram[896] <= 35'd6703257767;
	bram[897] <= 35'd6651558058;
	bram[898] <= 35'd6599833771;
	bram[899] <= 35'd6548101293;
	bram[900] <= 35'd6496352431;
	bram[901] <= 35'd6444587184;
	bram[902] <= 35'd6392813747;
	bram[903] <= 35'd6341015732;
	bram[904] <= 35'd6289209526;
	bram[905] <= 35'd6237386936;
	bram[906] <= 35'd6185547962;
	bram[907] <= 35'd6133692604;
	bram[908] <= 35'd6081820861;
	bram[909] <= 35'd6029940927;
	bram[910] <= 35'd5978044609;
	bram[911] <= 35'd5926131906;
	bram[912] <= 35'd5874211012;
	bram[913] <= 35'd5822273734;
	bram[914] <= 35'd5770320071;
	bram[915] <= 35'd5718358217;
	bram[916] <= 35'd5666379979;
	bram[917] <= 35'd5614385356;
	bram[918] <= 35'd5562382542;
	bram[919] <= 35'd5510363344;
	bram[920] <= 35'd5458327761;
	bram[921] <= 35'd5406283986;
	bram[922] <= 35'd5354232021;
	bram[923] <= 35'd5302155477;
	bram[924] <= 35'd5250078935;
	bram[925] <= 35'd5197986009;
	bram[926] <= 35'd5145876698;
	bram[927] <= 35'd5093759196;
	bram[928] <= 35'd5041625309;
	bram[929] <= 35'd4989483230;
	bram[930] <= 35'd4937332960;
	bram[931] <= 35'd4885166306;
	bram[932] <= 35'd4832983266;
	bram[933] <= 35'd4780800229;
	bram[934] <= 35'd4728592613;
	bram[935] <= 35'd4676384999;
	bram[936] <= 35'd4624161000;
	bram[937] <= 35'd4571928809;
	bram[938] <= 35'd4519688427;
	bram[939] <= 35'd4467431660;
	bram[940] <= 35'd4415166701;
	bram[941] <= 35'd4362893551;
	bram[942] <= 35'd4310604016;
	bram[943] <= 35'd4258306289;
	bram[944] <= 35'd4206000370;
	bram[945] <= 35'd4153686259;
	bram[946] <= 35'd4101363957;
	bram[947] <= 35'd4049025269;
	bram[948] <= 35'd3996686583;
	bram[949] <= 35'd3944331512;
	bram[950] <= 35'd3891968249;
	bram[951] <= 35'd3839596795;
	bram[952] <= 35'd3787208955;
	bram[953] <= 35'd3734821116;
	bram[954] <= 35'd3682425086;
	bram[955] <= 35'd3630012670;
	bram[956] <= 35'd3577600256;
	bram[957] <= 35'd3525171456;
	bram[958] <= 35'd3472742658;
	bram[959] <= 35'd3420297474;
	bram[960] <= 35'd3367852292;
	bram[961] <= 35'd3315390724;
	bram[962] <= 35'd3262929158;
	bram[963] <= 35'd3210451206;
	bram[964] <= 35'd3157973255;
	bram[965] <= 35'd3105487112;
	bram[966] <= 35'd3052992777;
	bram[967] <= 35'd3000490250;
	bram[968] <= 35'd2947979531;
	bram[969] <= 35'd2895460619;
	bram[970] <= 35'd2842941709;
	bram[971] <= 35'd2790406413;
	bram[972] <= 35'd2737871118;
	bram[973] <= 35'd2685327630;
	bram[974] <= 35'd2632784144;
	bram[975] <= 35'd2580224272;
	bram[976] <= 35'd2527664401;
	bram[977] <= 35'd2475096337;
	bram[978] <= 35'd2422528275;
	bram[979] <= 35'd2369943827;
	bram[980] <= 35'd2317359379;
	bram[981] <= 35'd2264774933;
	bram[982] <= 35'd2212174101;
	bram[983] <= 35'd2159573269;
	bram[984] <= 35'd2106972438;
	bram[985] <= 35'd2054363415;
	bram[986] <= 35'd2001746200;
	bram[987] <= 35'd1949120791;
	bram[988] <= 35'd1896503577;
	bram[989] <= 35'd1843869977;
	bram[990] <= 35'd1791236377;
	bram[991] <= 35'd1738602778;
	bram[992] <= 35'd1685960987;
	bram[993] <= 35'd1633311003;
	bram[994] <= 35'd1580661019;
	bram[995] <= 35'd1528011036;
	bram[996] <= 35'd1475352860;
	bram[997] <= 35'd1422694685;
	bram[998] <= 35'd1370028317;
	bram[999] <= 35'd1317361949;
	bram[1000] <= 35'd1264695582;
	bram[1001] <= 35'd1212021022;
	bram[1002] <= 35'd1159346463;
	bram[1003] <= 35'd1106663711;
	bram[1004] <= 35'd1053980959;
	bram[1005] <= 35'd1001298207;
	bram[1006] <= 35'd948615456;
	bram[1007] <= 35'd895924512;
	bram[1008] <= 35'd843233568;
	bram[1009] <= 35'd790542624;
	bram[1010] <= 35'd737851681;
	bram[1011] <= 35'd685152545;
	bram[1012] <= 35'd632453409;
	bram[1013] <= 35'd579754273;
	bram[1014] <= 35'd527055137;
	bram[1015] <= 35'd474356001;
	bram[1016] <= 35'd421656866;
	bram[1017] <= 35'd368949538;
	bram[1018] <= 35'd316242209;
	bram[1019] <= 35'd263543074;
	bram[1020] <= 35'd210835746;
	bram[1021] <= 35'd158128418;
	bram[1022] <= 35'd105421090;
	bram[1023] <= 35'd52713762;
end
endmodule